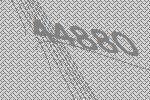
44880